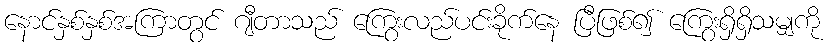
နောင်နှစ်နှစ်အကြာတွင် ဂျီတာသည် ကြွေးလည်ပင်းခိုက်နေ ပြီဖြစ်၍ ကြွေးရှိရှိသမျှကို